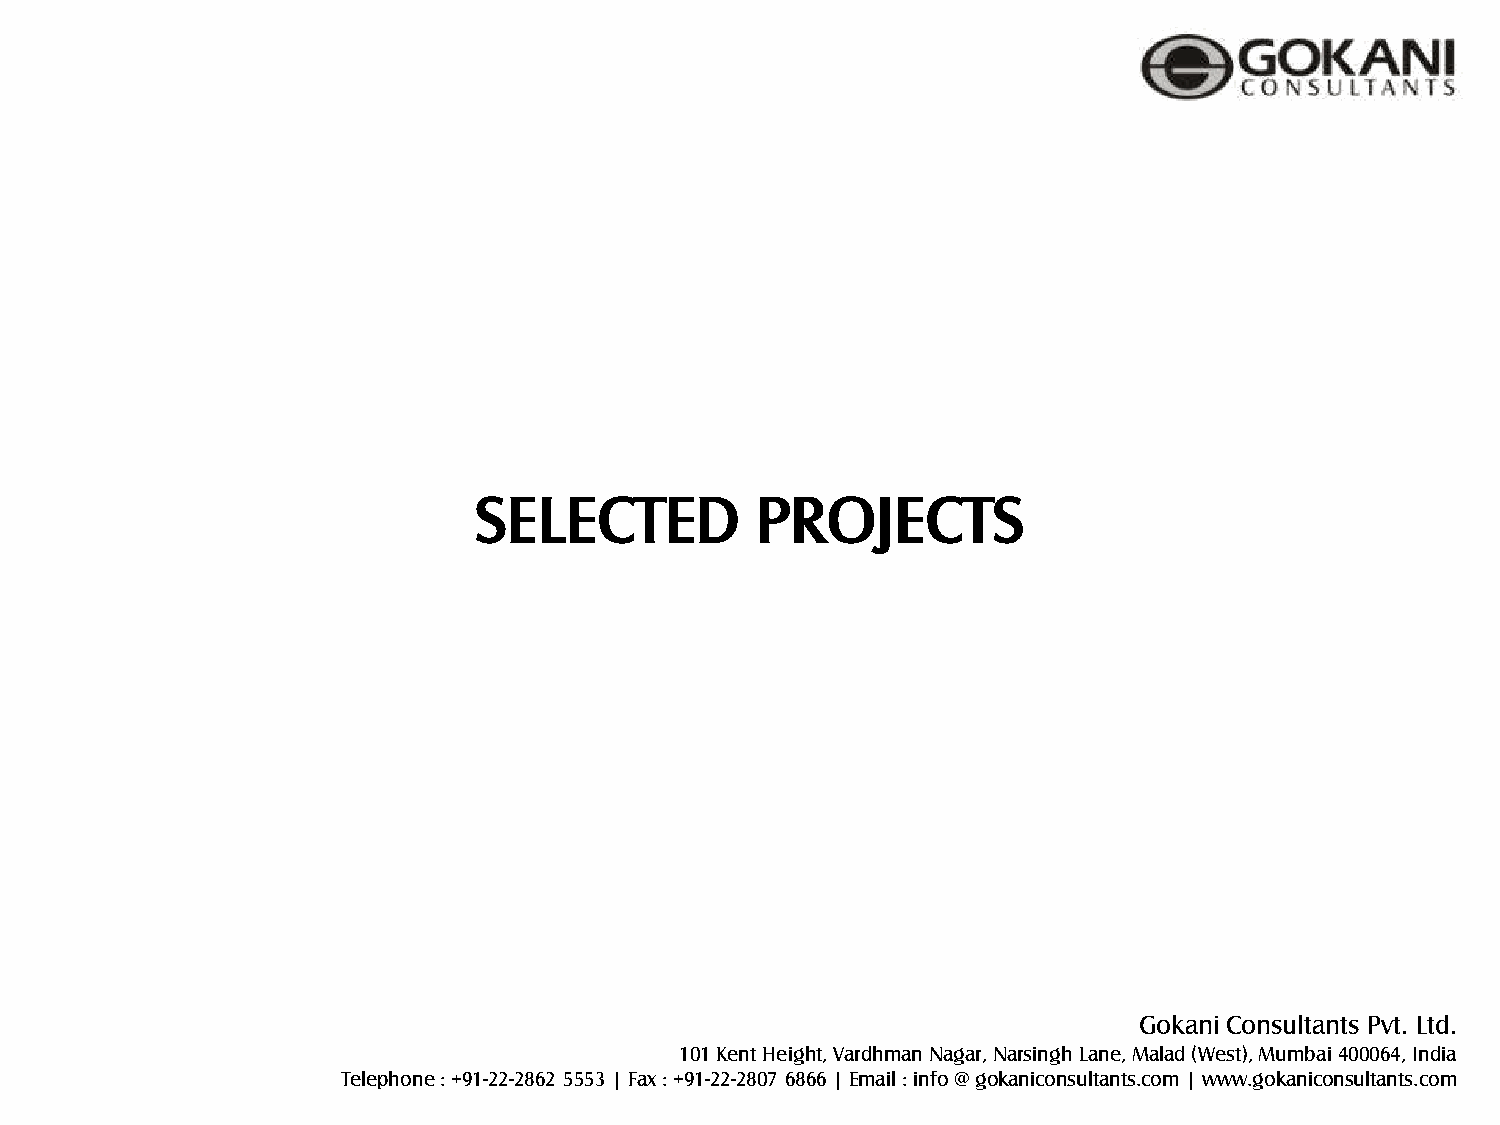
SELECTED           PROJECTS
 Gokani Consultants Pvt. Ltd.
 101 Kent Height, Vardhman Nagar, Narsingh Lane, Malad (West), Mumbai 400064, India
 Telephone : +91-22-2862 5553 | Fax : +91-22-2807 6866 | Email : info @ gokaniconsultants.com | www.gokaniconsultants.com